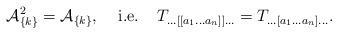
\begin{align*}{\cal A}^{2}_{\{k\} } = {\cal A}_{\{k\} } ,\;\;\;\; \mbox{i.e.}\;\; \;\;T_{\ldots [[a_{1}\ldots a_{n}]] \ldots}=T_{\ldots [a_{1}\ldots a_{n}] \ldots}.\end{align*}